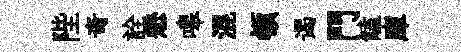
陛竒詮懋嗥混頓谒門饁庫